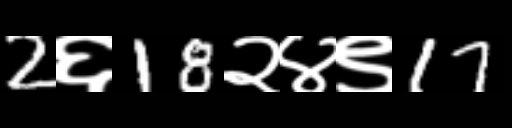
Text: 2६18२४९17